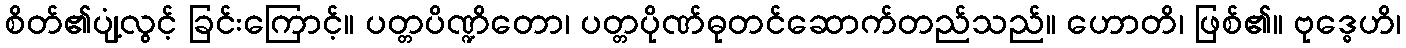
စိတ်၏ပျံ့လွင့် ခြင်းကြောင့်။ ပတ္တပိဏ္ဍိတော၊ ပတ္တပိုဏ်ဓုတင်ဆောက်တည်သည်။ ဟောတိ၊ ဖြစ်၏။ ဗုဒ္ဓေဟိ၊